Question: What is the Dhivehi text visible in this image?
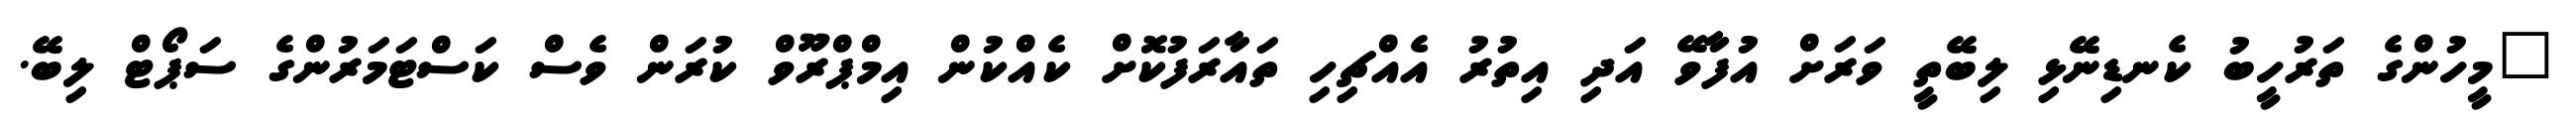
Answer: "މީހުންގެ ތަރުހީބު ކެނޑިނޭޅި ލިބޭތީ ވަރަށް އުފާވޭ އަދި އިތުރު އެއްޗިހި ތައާރަފުކޮށް ކެއްކުން އިމްޕްރޫވް ކުރަން ވެސް ކަސްޓަމަރުންގެ ސަޕޯޓް ލިބޭ.